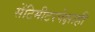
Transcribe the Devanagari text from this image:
सेंटिमीटरपेक्षाही